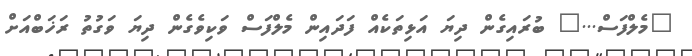
"މެލްފަސް..." ބުރައިގެން ދިޔަ އަޅިތަކެއް ފަދައިން މެލްފަސް ވަކިވެގެން ދިޔަ ވަގުތު ރަޚަބްއަށް